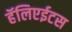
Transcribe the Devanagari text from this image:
हॅलिएईटस